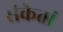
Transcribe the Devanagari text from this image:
संकेतां